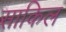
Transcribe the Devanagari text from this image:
साकिल